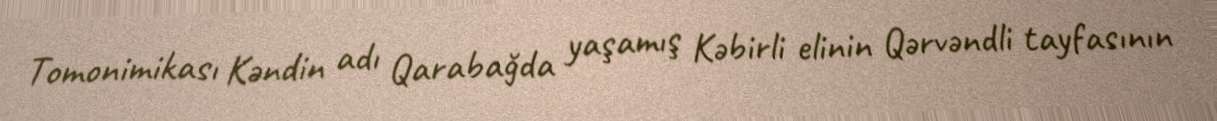
Tomonimikası Kəndin adı Qarabağda yaşamış Kəbirli elinin Qərvəndli tayfasının